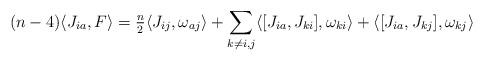
LaTeX: \begin{align*}(n-4) \langle J_{ia}, F\rangle&=\tfrac n2 \langle J_{ij}, \omega_{aj}\rangle +\sum_{k\neq i,j}\langle [J_{ia}, J_{ki}], \omega_{ki}\rangle+ \langle [ J_{ia}, J_{kj} ] , \omega_{kj}\rangle\end{align*}